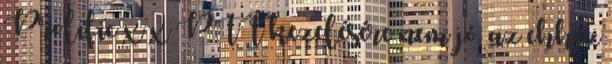
Prolific x x PTT kezelésére nem jó, az ehhez